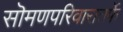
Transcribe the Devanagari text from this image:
सॊमणपरिवारातर्फे